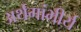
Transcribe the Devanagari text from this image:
अर्थगांभीर्य